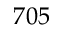
7 0 5